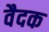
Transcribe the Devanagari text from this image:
वैदक